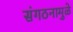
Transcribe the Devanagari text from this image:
संगठनामुळे